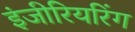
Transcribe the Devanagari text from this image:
इंजीरियरिंग